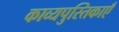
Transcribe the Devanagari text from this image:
काव्यपुस्तिकाएँ